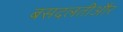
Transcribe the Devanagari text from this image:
बसदलतीऔर